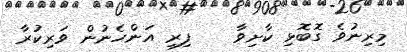
މިރިނުވެ ގޮބޮޅި ކާށިވާ    ފިރި އަންހެނުން ވަރިކުރާ